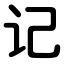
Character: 记